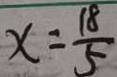
x = \frac { 1 8 } { 5 }